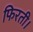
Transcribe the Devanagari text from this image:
फिरती।